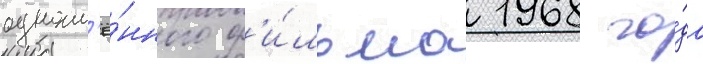
одноим'ё́нного ф'и́льма 1968 го́да